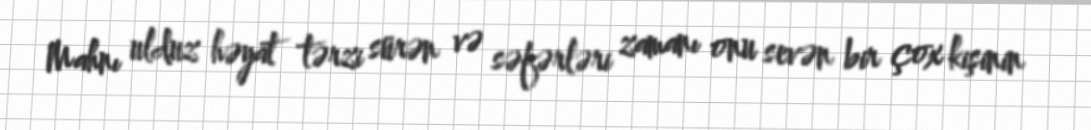
Mahnı ulduz həyat tərzi sürən və səfərləri zamanı onu sevən bir çox kişinin